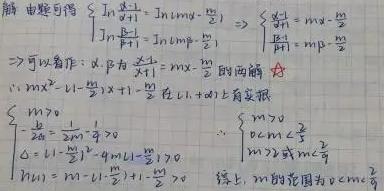
\[
\begin{cases}
\ln \frac{m}{x + 1} - \ln mx - \frac{m}{2} = 0 \\
\ln \frac{m}{x + 1} - \ln mx - \frac{m}{2} = 1
\end{cases}
\Rightarrow
\begin{cases}
\frac{m}{x + 1} = mx \cdot e^{-\frac{m}{2}} \\
\frac{m}{x + 1} = mx \cdot e^{1 - \frac{m}{2}}
\end{cases}
\]
\[
\Rightarrow 可以看作：\alpha,\beta 为 \frac{m}{x + 1} = mx \cdot e^{-\frac{m}{2}} 的两根
\]
\[
\therefore mx^{2} + (1 - \frac{m}{2})x + 1 - \frac{m}{2} 在(1, +\infty)上有实根
\]
\[
\begin{cases}
m > 0 \\
-\frac{1 - \frac{m}{2}}{2m} > 1 \\
\Delta = (1 - \frac{m}{2})^{2} - 4m(1 - \frac{m}{2}) \geq 0
\end{cases}
\Rightarrow
\begin{cases}
m > 0 \\
0 < m < \frac{2}{3} \\
m \geq 2 或 m \leq \frac{2}{9}
\end{cases}
\]
\[
综上，m 的范围为 0 < m \leq \frac{2}{9}
\]